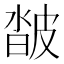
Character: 𤿽